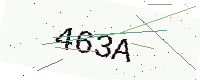
Text: 463A